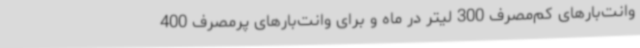
وانت‌بارهای کم‌مصرف 300 لیتر در ماه و برای وانت‌بارهای پرمصرف 400